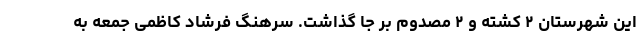
این شهرستان ۲ کشته و ۲ مصدوم بر جا گذاشت. سرهنگ فرشاد کاظمی جمعه به